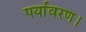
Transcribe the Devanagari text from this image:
पर्यावरण।